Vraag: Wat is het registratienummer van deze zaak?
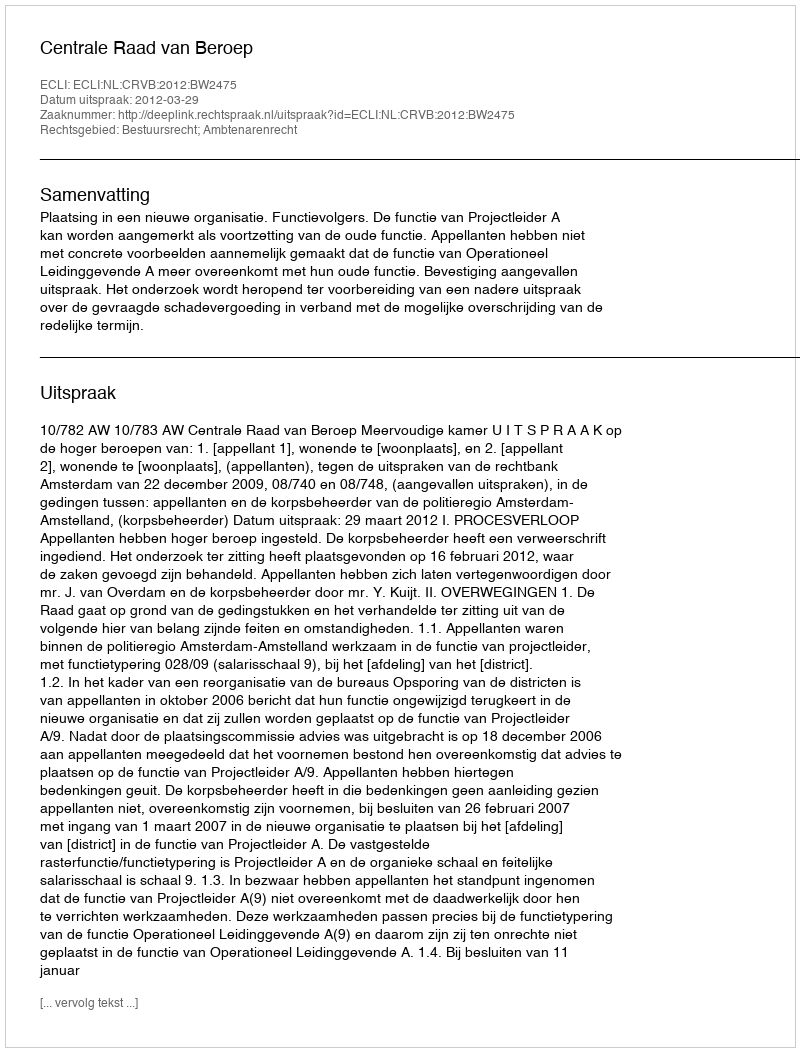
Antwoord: http://deeplink.rechtspraak.nl/uitspraak?id=ECLI:NL:CRVB:2012:BW2475